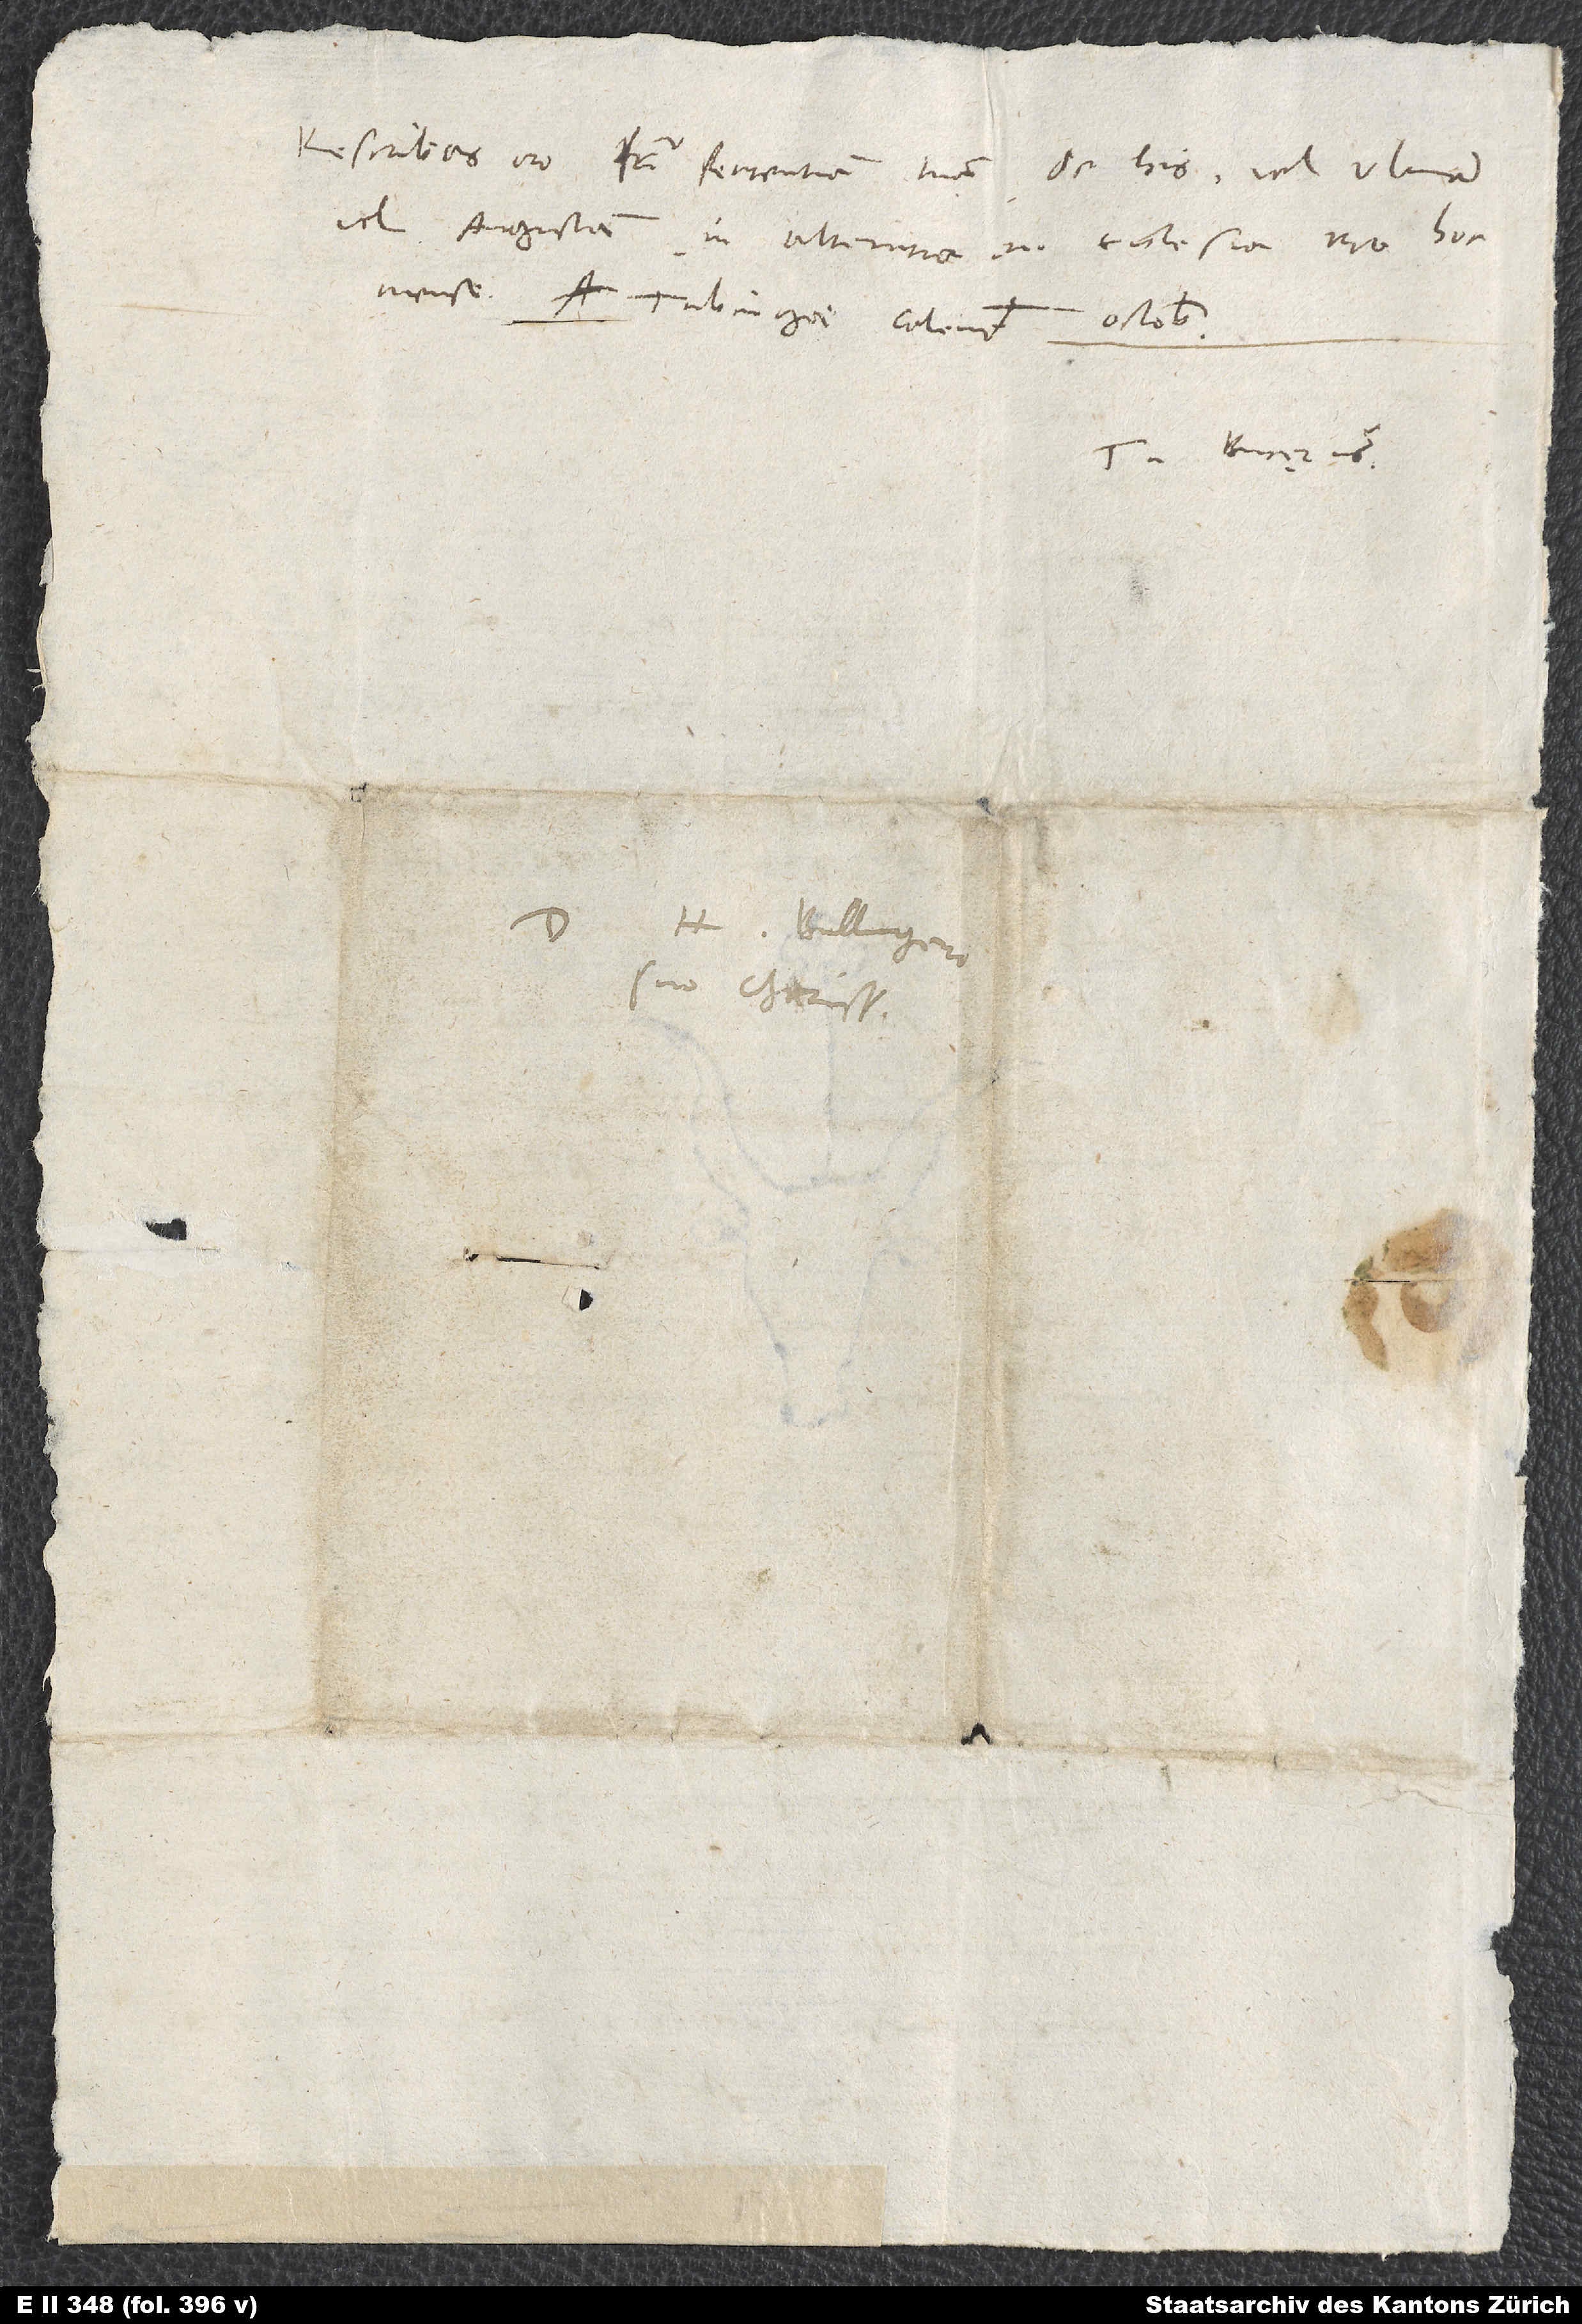
Rescribas, oro, frater, sententiam tuam de his vel Ulmam
vel Augustam. In alterutra enim ecclesia ero hoc
Tubingae, calendis octobris.
Tuus Bucęrus.
Domino H. Bullingero
suo charissimo.